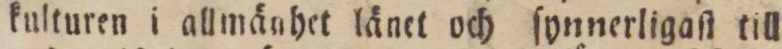
knlturen i allmänhet länet och ſynnerligaſt till